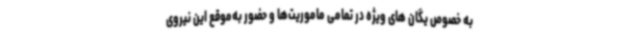
به خصوص یگان های ویژه در تمامی ماموریت‌ها و حضور به‌موقع این نیروی